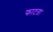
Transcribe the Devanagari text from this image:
फाटता